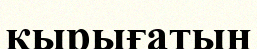
қырығатын